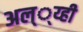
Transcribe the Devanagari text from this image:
अल््य्ही